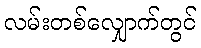
လမ်းတစ်လျှောက်တွင်